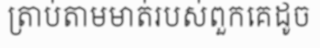
ត្រាប់តាមមាត់របស់ពួកគេដូច